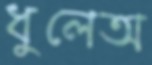
ধুলেঅ